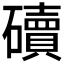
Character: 𥖿